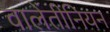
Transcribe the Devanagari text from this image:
वालेंतीनियन